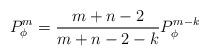
LaTeX: \begin{align*} P_\phi^m = \frac{m+n-2}{m+n-2-k}P_\phi^{m-k} \end{align*}